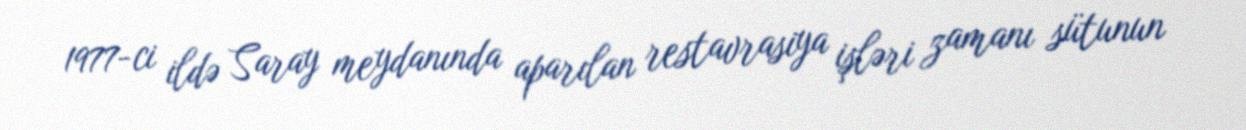
1977-ci ildə Saray meydanında aparılan restavrasiya işləri zamanı sütunun